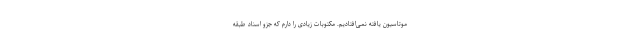
موتاسیون یافته نمی‌افتادیم. مکتوبات زیادی را دارم که جزو اسناد طبقه